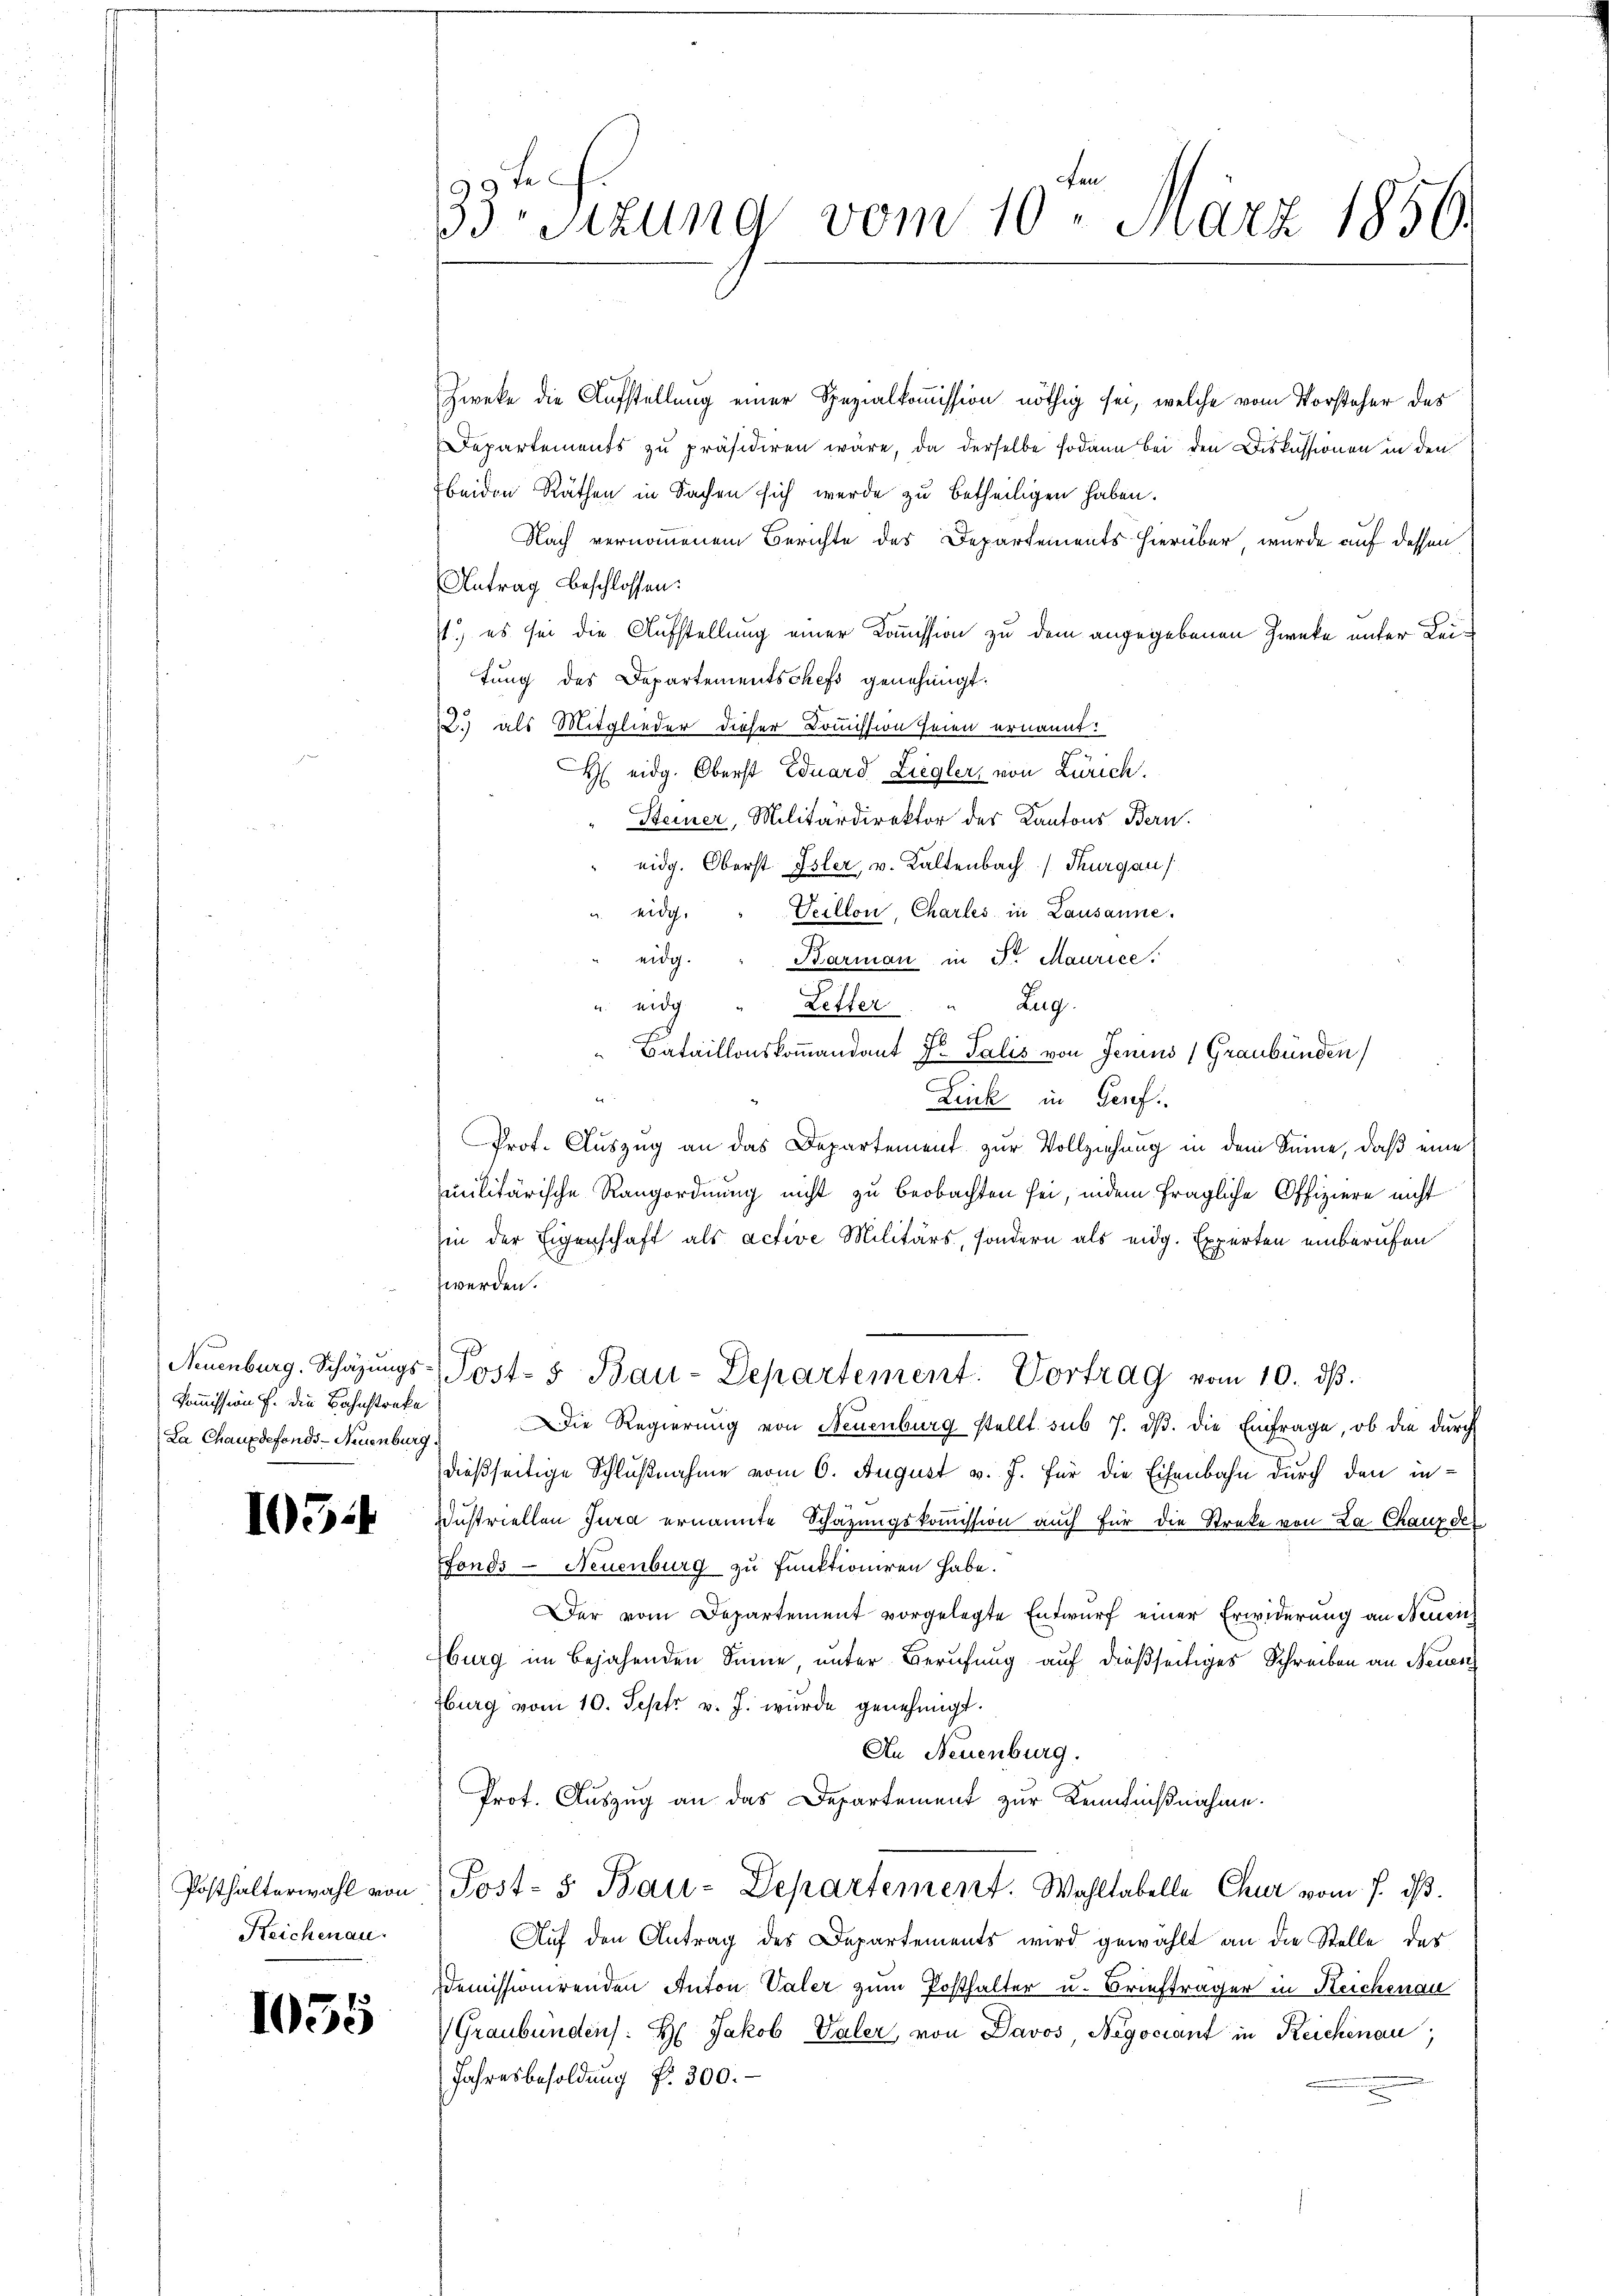
Neuenburg. Schazungs-
Commission f. die Bahnstreke
La Chauxdefonds-Neuenburg.

103.

Posthalterwahl von
Reichenau

1055

33te Sitzung vom 10. März 1850.

Zweke die Aufstellung einer Spezialkommission nöthig sei, welche vom Vorsteher des
Departements zu präsidiren wäre, da derselbe sodann bei den Diskussionen in den
beiden Räthen in Sachen sich wurde zu betheiligen haben.
Nach vernommenem Berichte des Departements hierüber, wurde auf dessen
Antrag beschlossen:
st.) es sei die Aufstellung einer Kommission zu dem angegebenen Zwecke unter Leitung des Departementschefs genehmigt.
2.) als Mitglieder dieser Domission seien ernannt:
H eidg. Oberst Eduard Liegler, von Zürich.
Steiner, Militärdirektor des Kantons Bern.
eidg. Oberst Isler, v. Kaltenbach Thurgau
eidg. " Veillon, Charles in Lausanne.
eidg. " Barman in St. Maurice.
Zug.
t
u. eidg " Letter
Bataillonskommandant Dr. Salis von Jenius (Graubünden
Lenk in Genf.
Prof. Auszug an das Departement zur Vollziehung in dem Sinne, daß eine
militärische Rangordnung nicht zu beobachten sei, indem fragliche Offiziere nicht
in der Eigenschaft als active Militärs, sondern als eidg. Experten einberufen
werden.
Post- & Bau-Departement. Vortrag vom 10. ds.
Die Regierŭng von Neuenburg stellt. sub 7. dβ. die Einfrage, ob die dŭrch
dießseitige Schlußnahme vom 6. August v. J. für die Eisenbahn durch den in¬
Dustriellen Jura ernannte Schazungskoṁission auch für die Streke von La Chauz der
Fonds - Neuenburg zu funktioniren habe.
Der vom Departement vorgelegte Entwurf einer Erwiderung an Neuen
Hburg im bejahenden Sinne unter Berufung auf dießseitiges Schreiben an Neuen
Zburg vom 10. Sept v. J. wurde genehmigt.
An Neuenburg.
Prot. Auszug an das Departement zur Kenntnißnahme.
Post- & Bau-Departement. Wahltabelle Chur vom 7. ds.
Auf den Antrag des Departements wird gewählt an die Stelle des
Demissionirenden Anton Valer zum Posthalter u. Briefträger in Reichenau
(Graubünden: H: Jakob Valer, von Davos, Negociant in Reichenau,
Jahresbesoldung f. 300.